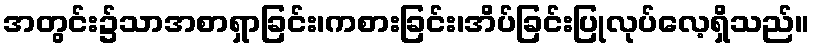
အတွင်း၌သာအစာရှာခြင်း၊ကစားခြင်း၊အိပ်ခြင်းပြုလုပ်လေ့ရှိသည်။